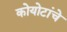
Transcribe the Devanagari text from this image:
कोयोटांचे